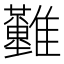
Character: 𩁪